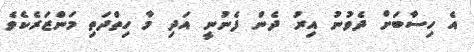
އެ ހިސާބަށް ދެވުނު އިރު ދެން ފެނުނީ އަދި މާ ހިތްދަތި މަންޒަރެކެވެ